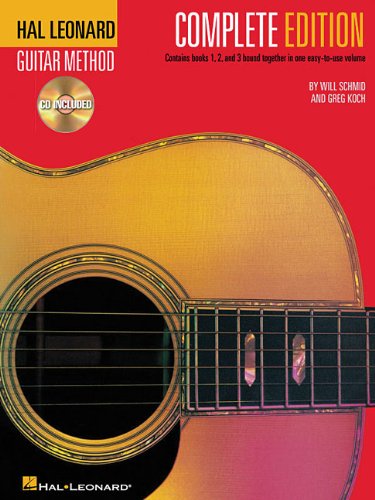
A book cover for Hal Leonard Guitar Method, Complete Edition: Books & CD's 1, 2 and 3; Will Schmid; Arts & Photography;